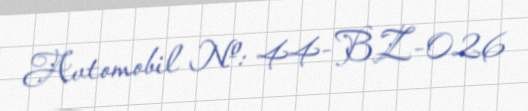
Avtomobil №: 44-BZ-026